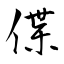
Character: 偞